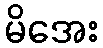
မိအေး